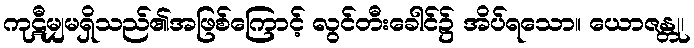
ကုဋီမျှမရှိသည်၏အဖြစ်ကြောင့် လွင်တီးခေါင်၌ အိပ်ရသော။ ယောဇန္တု၊